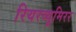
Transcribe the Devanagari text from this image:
रियरव्यूमिरर